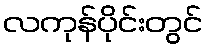
လကုန်ပိုင်းတွင်